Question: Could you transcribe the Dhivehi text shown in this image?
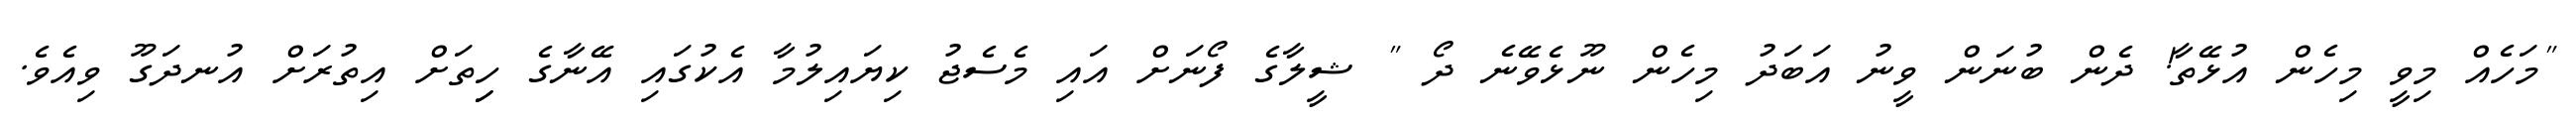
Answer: "މަހެއް މިވީ މިހެން އުޅޭތާ! ދެން ބުނަން ވީނު އަބަދު މިހެން ނޫޅެވޭނެ ދޯ " ޝީލާގެ ފޯނަށް އައި މެސެޖު ކިޔައިލުމާ އެކުގައި އޭނާގެ ހިިތަށް އިތުރަށް އުނދަގޫ ވިއެވެ.